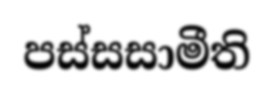
පස්සසාමීති